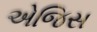
એજિસ